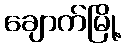
ချောက်မြို့